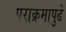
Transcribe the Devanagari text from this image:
पराक्रमापुढे